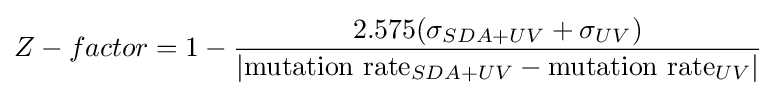
Z-factor=1-{\frac {2.575(\sigma _{SDA+UV}+\sigma _{UV})}{|{\text{mutation rate}}_{SDA+UV}-{\text{mutation rate}}_{UV}|}}